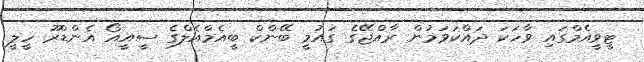
ޓީވީއެމްގައި ވާހަކަ ދައްކަވަމުން ރާއްޖޭގެ ގައުމީ ބޭންކް ބީއެމްއެލްގެ ސީއީއޯ އެންޑްރޫ ހީލީ